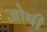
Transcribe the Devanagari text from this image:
जोषी